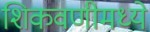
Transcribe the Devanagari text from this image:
शिकवणीमध्ये